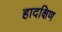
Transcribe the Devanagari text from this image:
हादक्षिण